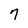
Character: 7